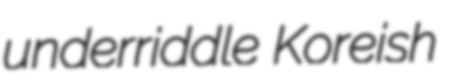
underriddle Koreish